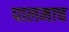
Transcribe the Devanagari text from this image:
पालमाच